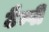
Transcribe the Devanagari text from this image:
टैम्पी